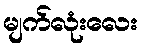
မျက်လုံးလေး